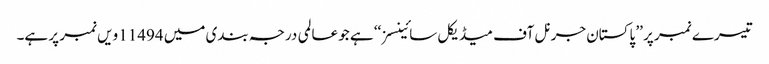
تیسرے نمبر پر ’’ پاکستان جرنل آف میڈیکل سائینسز ‘‘ ہے جو عالمی درجہ بندی میں 11494 ویں نمبر پر ہے۔